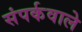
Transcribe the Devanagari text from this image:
संपर्कवाले